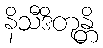
နိသီဒိတုန္တိ